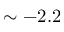
\sim - 2 . 2